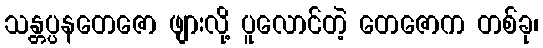
သန္တပ္ပနတေဇော ဖျားလို့ ပူလောင်တဲ့ တေဇောက တစ်ခု၊